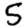
Digit: 5